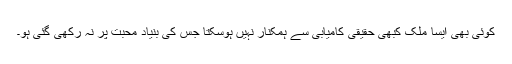
کوئی بھی ایسا ملک کبھی حقیقی کامیابی سے ہمکنار نہیں ہوسکتا جس کی بنیاد محبت پر نہ رکھی گئی ہو۔